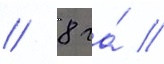
/ 8 га́ //